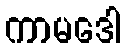
ကာမဒေါ